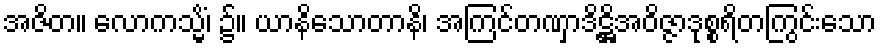
အဇိတ။ လောကသ္မိံ၊ ၌။ ယာနိသောတာနိ၊ အကြင်တဏှာဒိဋ္ဌိအဝိဇ္ဇာဒုစ္စရိတကြွင်းသော